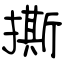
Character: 撕